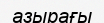
азырағы